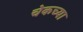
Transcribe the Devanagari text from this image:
चेकच्या